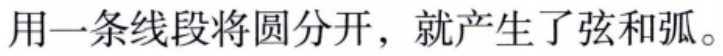
用一条线段将圆分开，就产生了弦和弧。